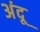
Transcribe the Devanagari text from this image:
अंदू